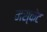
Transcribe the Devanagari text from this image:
मस्केट